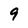
Character: 9